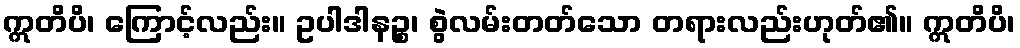
ဣတိပိ၊ ကြောင့်လည်း။ ဥပါဒါနဉ္စ၊ စွဲလမ်းတတ်သော တရားလည်းဟုတ်၏။ ဣတိပိ၊